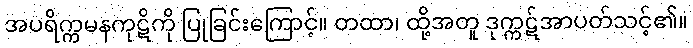
အပရိက္ကမနကုဋိကို ပြုခြင်းကြောင့်။ တထာ၊ ထို့အတူ ဒုက္ကဋ်အာပတ်သင့်၏။